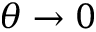
\theta \to 0